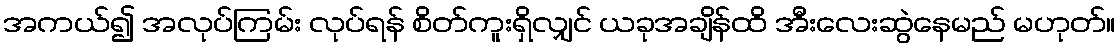
အကယ်၍ အလုပ်ကြမ်း လုပ်ရန် စိတ်ကူးရှိလျှင် ယခုအချိန်ထိ အီးလေးဆွဲနေမည် မဟုတ်။